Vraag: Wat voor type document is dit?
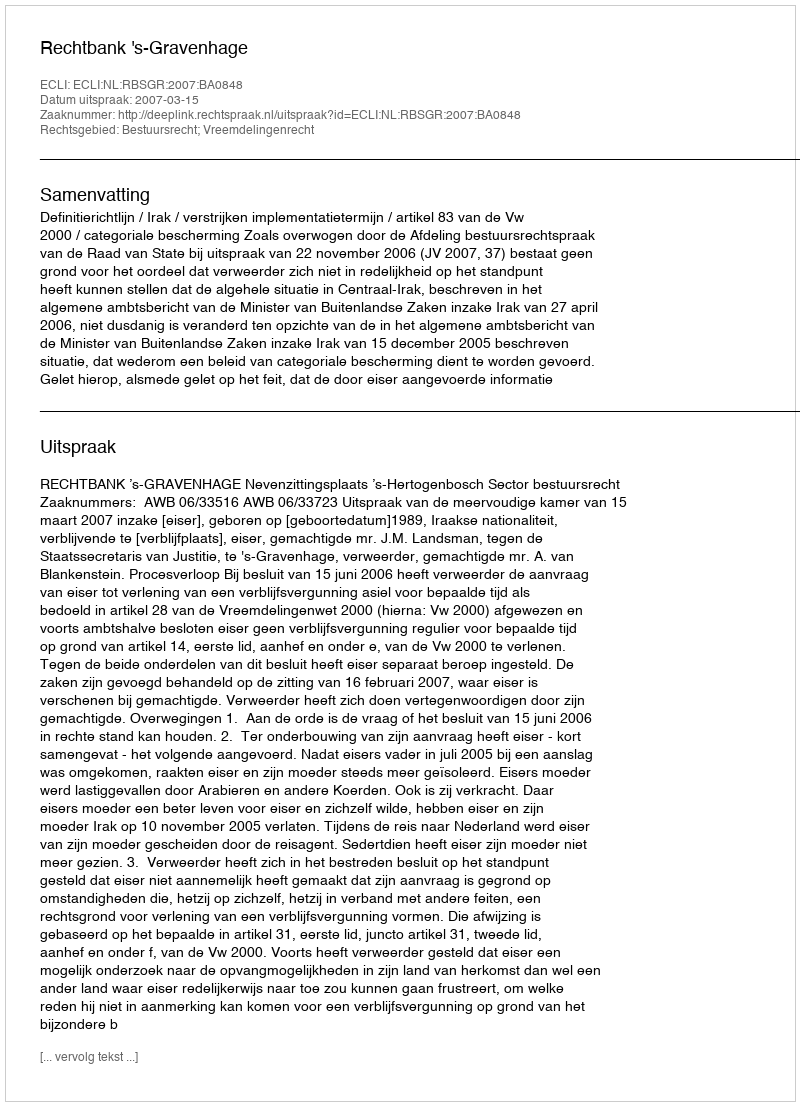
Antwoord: Uitspraak